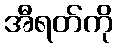
အီရတ်ကို